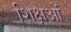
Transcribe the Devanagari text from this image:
शिक्षओं